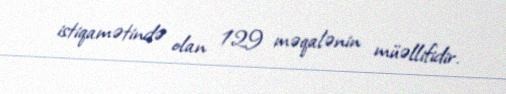
istiqamətində olan 129 məqalənin müəllifidir.